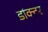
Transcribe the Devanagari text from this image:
डांक्टर